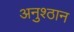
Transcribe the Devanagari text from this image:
अनुश्ठान